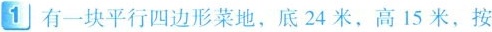
1有一块平行四边形菜地，底24米，高15米，按